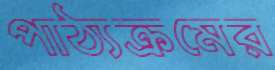
পাঠ্যক্রমের